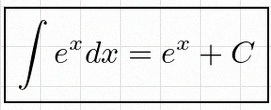
\int e^x dx=e^x+C